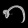
Digit: ၈